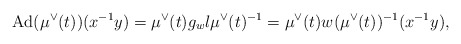
\begin{align*} \textrm{Ad}(\mu^{\vee}(t))(x^{-1}y) = \mu^{\vee}(t)g_wl\mu^{\vee}(t)^{-1} = \mu^{\vee}(t)w(\mu^{\vee}(t))^{-1}(x^{-1}y),\end{align*}